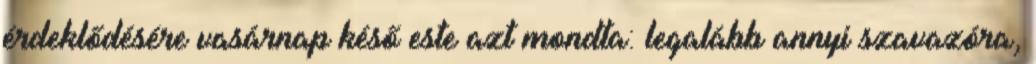
érdeklődésére vasárnap késő este azt mondta: legalább annyi szavazóra,